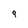
Character: 9